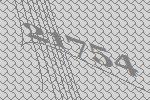
21754